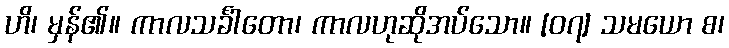
ဟိ၊ မှန်၏။ ကာလသင်္ခါတော၊ ကာလဟုဆိုအပ်သော။ [၀၇] သမယော စ၊